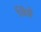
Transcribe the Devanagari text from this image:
विंझे